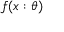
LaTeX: f ( x : \theta )